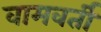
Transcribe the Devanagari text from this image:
वामवर्ती